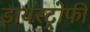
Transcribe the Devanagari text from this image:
डायस्ट्रोफी